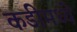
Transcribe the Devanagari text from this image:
कडीमध्ये